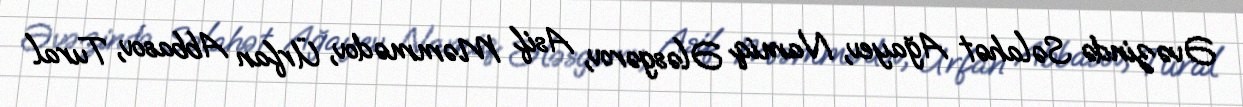
Əvəzində Səlahət Ağayev, Namiq Ələsgərov, Asif Məmmədov, Ürfan Abbasov, Tural